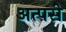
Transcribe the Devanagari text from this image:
अत्पसे